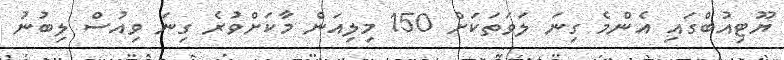
ޔޫޓިއުބްގައި އެންމެ ގިނަ ލަވަތަކަށް 150 މިލިއަން މާކަށްވުރެ ގިނަ ވިއުސް ލިބުނު